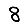
Digit: 8